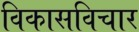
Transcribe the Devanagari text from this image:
विकासविचार